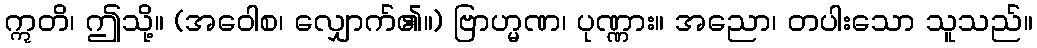
ဣတိ၊ ဤသို့။ (အဝေါစ၊ လျှောက်၏။) ဗြာဟ္မဏ၊ ပုဏ္ဏား။ အညော၊ တပါးသော သူသည်။